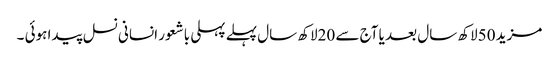
مزید 50لاکھ سال بعد یا آج سے 20لاکھ سال پہلے پہلی باشعور انسانی نسل پیدا ہوئی ۔